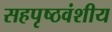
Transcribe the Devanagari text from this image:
सहपृष्ठवंशीय